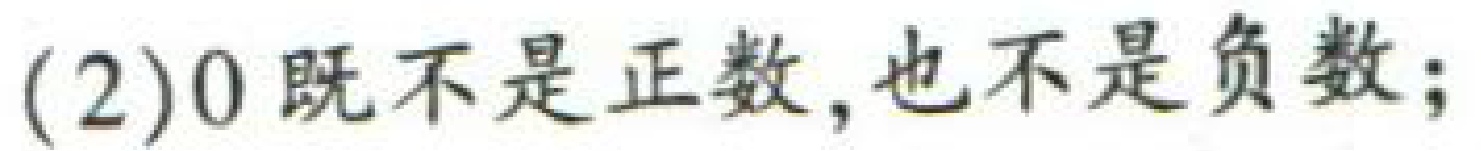
(2)$0$既不是正数,也不是负数;